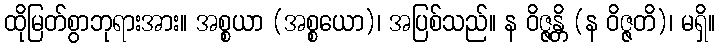
ထိုမြတ်စွာဘုရားအား။ အစ္စယာ (အစ္စယော)၊ အပြစ်သည်။ န ဝိဇ္ဇန္တိ (န ဝိဇ္ဇတိ)၊ မရှိ။